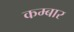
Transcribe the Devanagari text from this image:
कम्बार